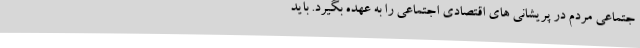
جتماعی مردم در پریشانی های اقتصادی اجتماعی را به عهده بگیرد. باید